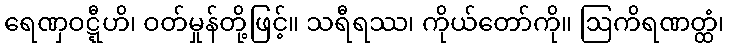
ရေဏှဝဋ္ဋီဟိ၊ ဝတ်မှုန်တို့ဖြင့်။ သရီရဿ၊ ကိုယ်တော်ကို။ ဩကိရဏတ္ထံ၊